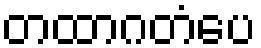
တထာဂတံပေ